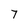
Character: 7